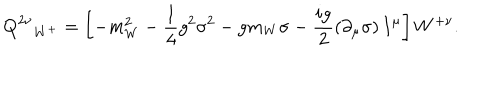
LaTeX: { { \bf Q } ^ { 2 \nu } } _ { W ^ { + } } = \left[ - m _ { W } ^ { 2 } - \frac { 1 } { 4 } g ^ { 2 } \sigma ^ { 2 } - g m _ { W } \sigma - \frac { i g } { 2 } \left( \partial _ { \mu } \sigma \right) I ^ { \mu } \right] W ^ { + \nu } .